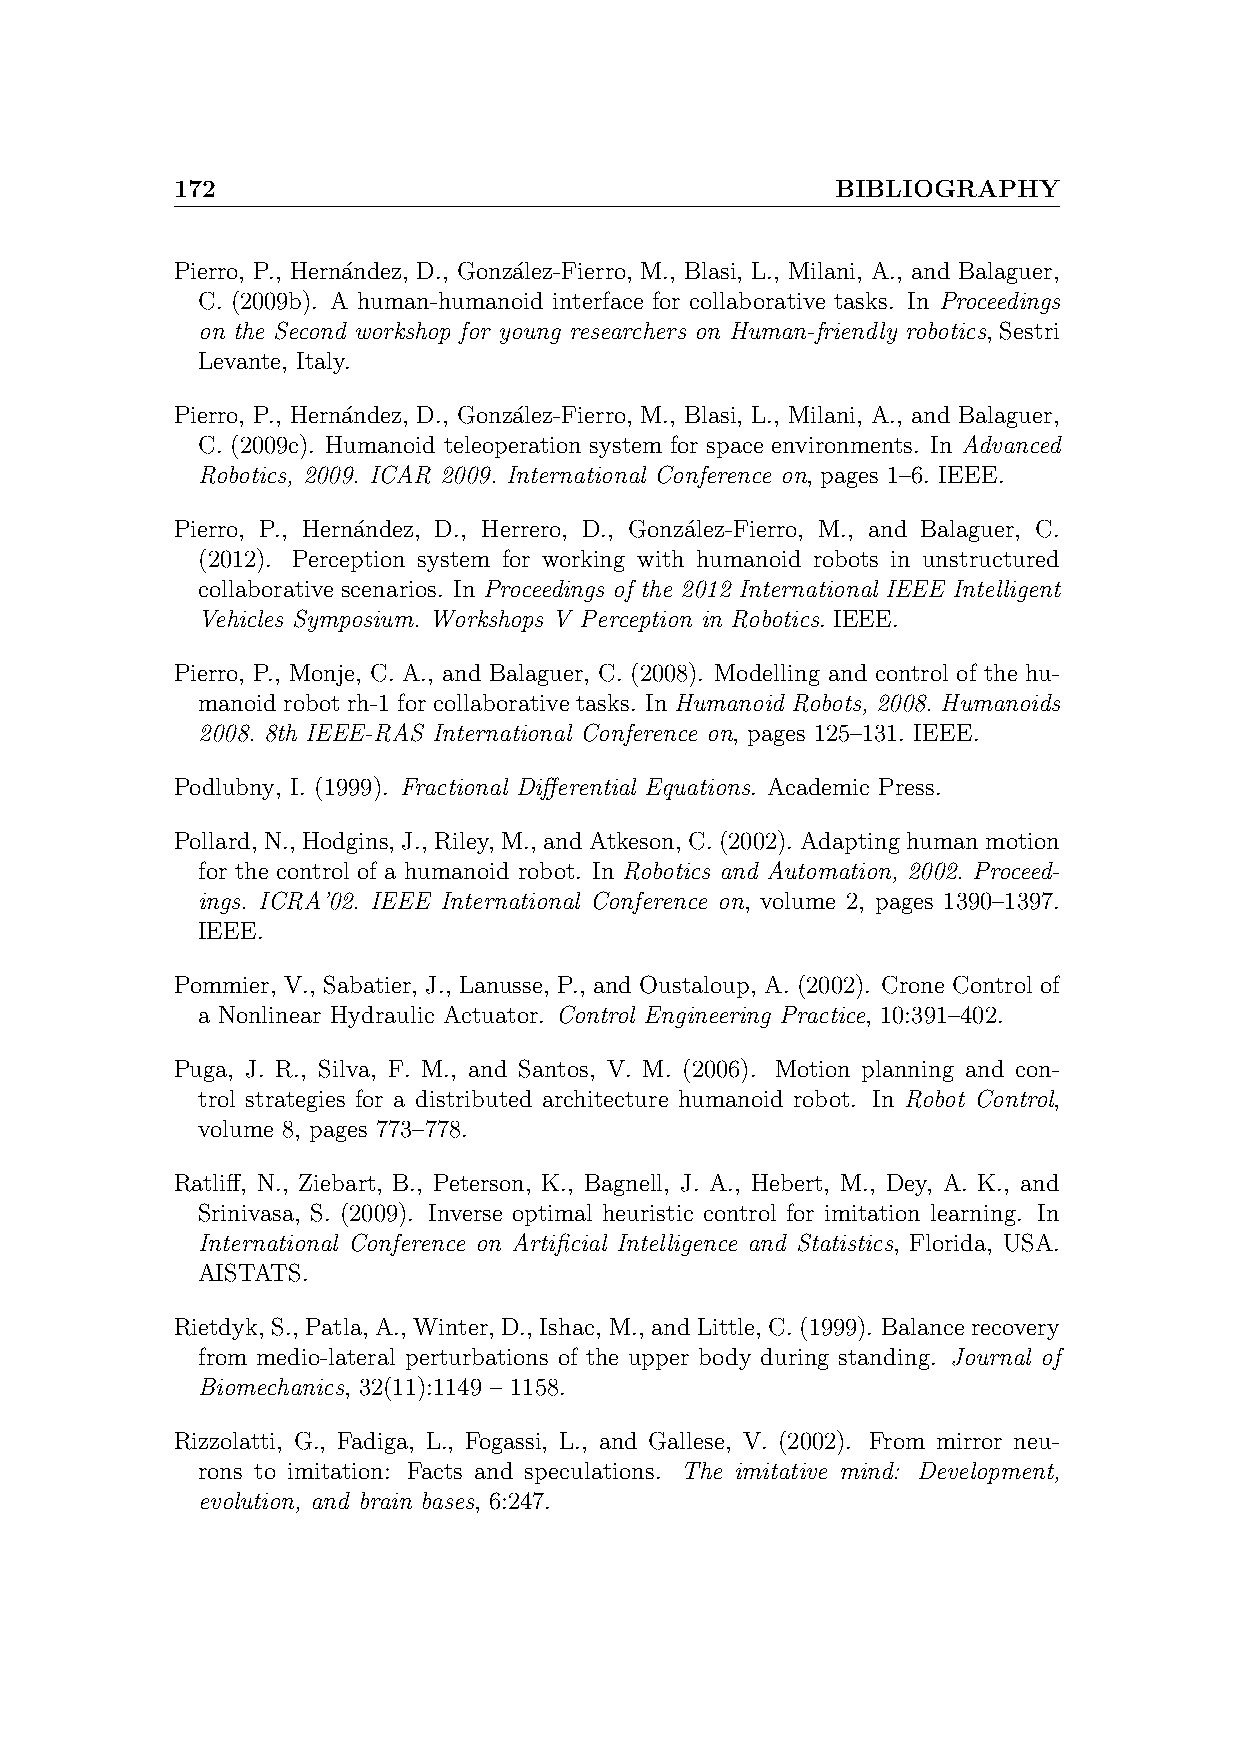
172                                         BIBLIOGRAPHY
 Pierro, P., Herna´ndez, D., Gonz´alez-Fierro, M., Blasi, L., Milani, A., and Balaguer,
 C. (2009b). A human-humanoid interface for collaborative tasks. In Proceedings
 on the Second workshop for young researchers on Human-friendly robotics, Sestri
 Levante, Italy.
 Pierro, P., Herna´ndez, D., Gonz´alez-Fierro, M., Blasi, L., Milani, A., and Balaguer,
 C. (2009c). Humanoid teleoperation system for space environments. In Advanced
 Robotics, 2009. ICAR 2009. International Conference on, pages 1–6. IEEE.
 Pierro, P., Herna´ndez, D., Herrero, D., Gonza´lez-Fierro, M., and Balaguer, C.
 (2012). Perception system for working with humanoid robots in unstructured
 collaborative scenarios. In Proceedings of the 2012 International IEEE Intelligent
 Vehicles Symposium. Workshops V Perception in Robotics. IEEE.
 Pierro, P., Monje, C. A., and Balaguer, C. (2008). Modelling and control of the hu-
 manoid robot rh-1 for collaborative tasks. In Humanoid Robots, 2008. Humanoids
 2008. 8th IEEE-RAS International Conference on, pages 125–131. IEEE.
 Podlubny, I. (1999). Fractional Differential Equations. Academic Press.
 Pollard, N., Hodgins, J., Riley, M., andAtkeson, C.(2002). Adaptinghumanmotion
 for the control of a humanoid robot. In Robotics and Automation, 2002. Proceed-
 ings. ICRA’02. IEEE International Conference on, volume 2, pages 1390–1397.
 IEEE.
 Pommier, V., Sabatier, J., Lanusse, P., and Oustaloup, A. (2002). Crone Control of
 a Nonlinear Hydraulic Actuator. Control Engineering Practice, 10:391–402.
 Puga, J. R., Silva, F. M., and Santos, V. M. (2006). Motion planning and con-
 trol strategies for a distributed architecture humanoid robot. In Robot Control,
 volume 8, pages 773–778.
 Ratliff, N., Ziebart, B., Peterson, K., Bagnell, J. A., Hebert, M., Dey, A. K., and
 Srinivasa, S. (2009). Inverse optimal heuristic control for imitation learning. In
 International Conference on Artificial Intelligence and Statistics, Florida, USA.
 AISTATS.
 Rietdyk, S., Patla, A., Winter, D., Ishac, M., and Little, C.(1999). Balancerecovery
 from medio-lateral perturbations of the upper body during standing. Journal of
 Biomechanics, 32(11):1149 – 1158.
 Rizzolatti, G., Fadiga, L., Fogassi, L., and Gallese, V. (2002). From mirror neu-
 rons to imitation: Facts and speculations. The imitative mind: Development,
 evolution, and brain bases, 6:247.